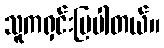
သူကရှင်းပြပါတယ်။